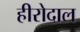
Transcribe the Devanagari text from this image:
हीरोदाल